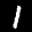
Label: 1